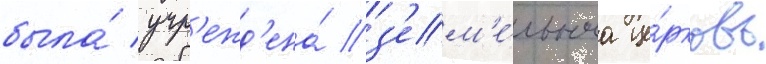
была́ учр'ежд'ена́ з'ем'е́льнаа це́рковь